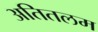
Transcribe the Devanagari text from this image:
अतितलम